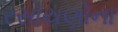
રસોયણોના